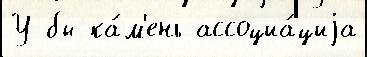
У бы ка́м'ень ассоциа́циjа